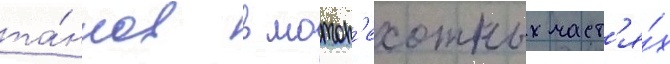
та́нков в мотоп'ехотных част'я́х